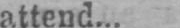
attend...